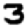
Digit: 3